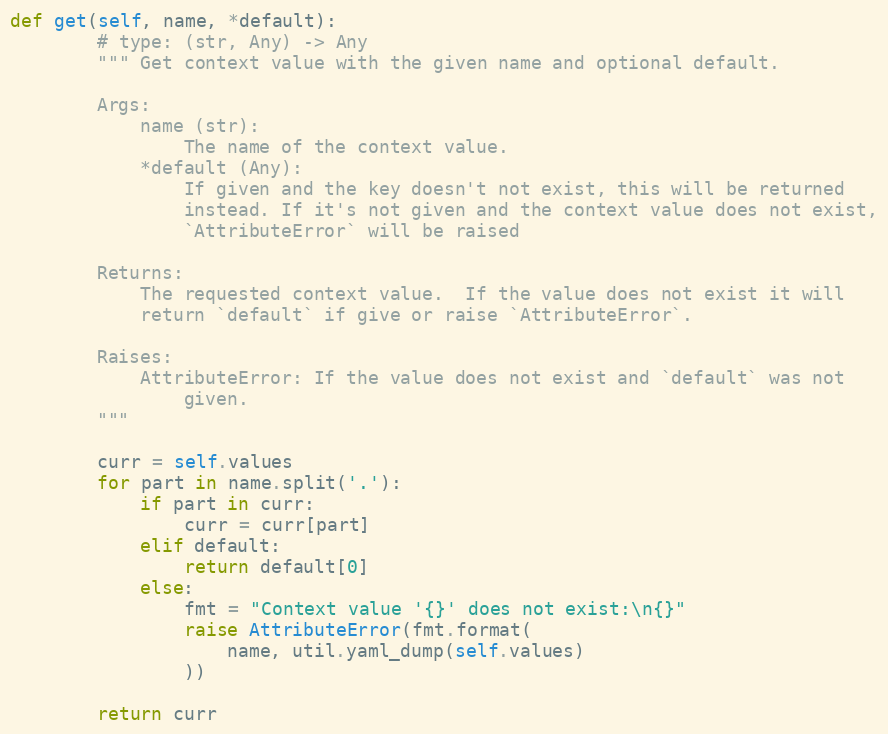
Language: Python
def get(self, name, *default):
        # type: (str, Any) -> Any
        """ Get context value with the given name and optional default.

        Args:
            name (str):
                The name of the context value.
            *default (Any):
                If given and the key doesn't not exist, this will be returned
                instead. If it's not given and the context value does not exist,
                `AttributeError` will be raised

        Returns:
            The requested context value.  If the value does not exist it will
            return `default` if give or raise `AttributeError`.

        Raises:
            AttributeError: If the value does not exist and `default` was not
                given.
        """

        curr = self.values
        for part in name.split('.'):
            if part in curr:
                curr = curr[part]
            elif default:
                return default[0]
            else:
                fmt = "Context value '{}' does not exist:\n{}"
                raise AttributeError(fmt.format(
                    name, util.yaml_dump(self.values)
                ))

        return curr